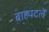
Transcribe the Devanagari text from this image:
बाह्यदलें